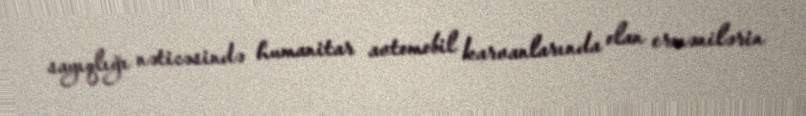
sayıqlığı nəticəsində humanitar avtomobil karvanlarında olan ermənilərin